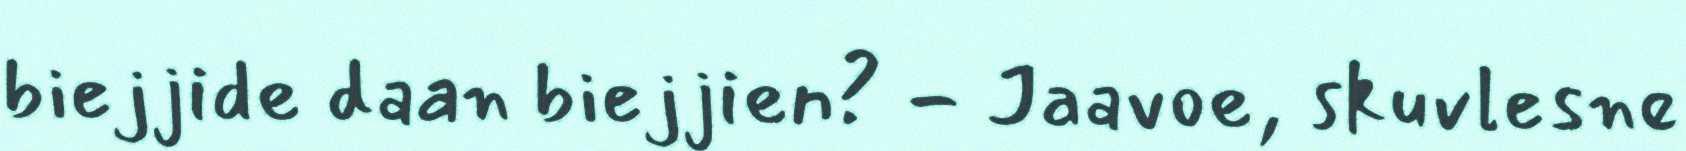
biejjide daan biejjien? - Jaavoe, skuvlesne